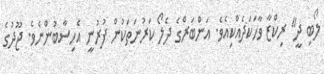
ލޯބި ދީ" ރިކްޒާ ވާހަކަދެއްކިއެވެ. އަންބަރްގެ ދެލޯ ކަރުނަތަކުން ފުރުނީ އެހިސާބުންނެވެ. ޖޫދުގެ